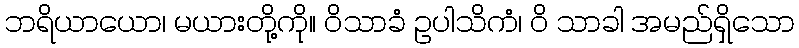
ဘရိယာယော၊ မယားတို့ကို။ ဝိသာခံ ဥပါသိကံ၊ ဝိ သာခါ အမည်ရှိသော